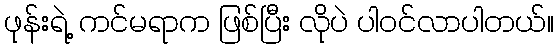
ဖုန်းရဲ့ ကင်မရာက ဖြစ်ပြီး လိုပဲ ပါဝင်လာပါတယ်။